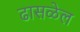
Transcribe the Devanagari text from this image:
ढासळेल